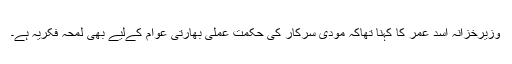
وزیرخزانہ اسد عمر کا کہنا تھاکہ مودی سرکار کی حکمت عملی بھارتی عوام کےلیے بھی لمحہ فکریہ ہے۔